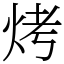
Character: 烤